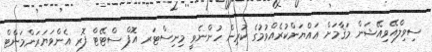
ސިވިލްއޭވިއޭޝަން މަޤާމަށް ޢައްޔަންކުރެއްވުމުގެ ކުރިން ހުންނެވީ މިނިސްޓަރ އޮފް ސްޓޭޓް ފޮރ އެންވަޔަރަންމަންޓް